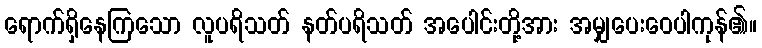
ရောက်ရှိနေကြသော လူပရိသတ် နတ်ပရိသတ် အပေါင်းတို့အား အမျှပေးဝေပါကုန်၏။